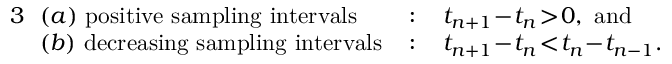
\begin{array} { r l r l } { { 3 } \! \! } & { ( a ) \mathrm { ~ p o s i t i v e ~ s a m p l i n g ~ i n t e r v a l s } \, } & { : } & { \, t _ { n + 1 } \! - \! t _ { n } \! > \! 0 , \mathrm { ~ a n d } } \\ { \! \! } & { ( b ) \mathrm { ~ d e c r e a s i n g ~ s a m p l i n g ~ i n t e r v a l s } \, } & { : } & { \, t _ { n + 1 } \! - \! t _ { n } \! < \! t _ { n } \! - \! t _ { n - 1 } . } \end{array}